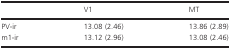
|  | V1 | MT |
 | --- | --- | --- |
 | PV-ir | 13.08 (2.46) | 13.86 (2.89) |
 | m1-ir | 13.12 (2.96) | 13.08 (2.46) |